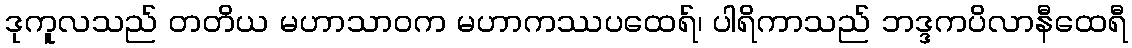
ဒုကူလသည် တတိယ မဟာသာဝက မဟာကဿပထေရ်၊ ပါရိကာသည် ဘဒ္ဒကပိလာနီထေရီ